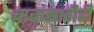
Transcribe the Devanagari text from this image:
बाबांसाठीही